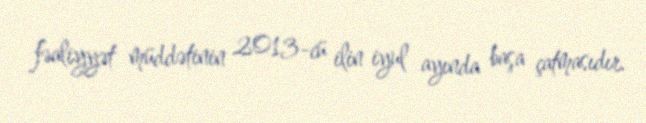
fəaliyyət müddətinin 2013-cü ilin iyul ayında başa çatmasıdır.